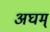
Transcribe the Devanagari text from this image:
अघम्